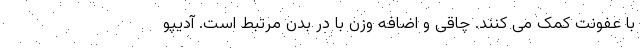
با عفونت کمک می کنند. چاقی و اضافه وزن با در بدن مرتبط است. آدیپو